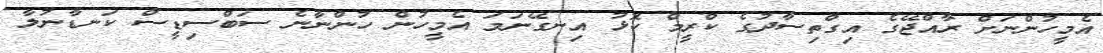
އެމީހުންނަށް ރާއްޖޭގެ އިގްތިސާދުގެ ކްރީމް ކޮޅު އިނގޭނަމަ އެމީހުން ހުންނާނެ ސަބްސިޑީސް ކަނޑާނުލާ